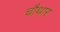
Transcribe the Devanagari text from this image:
चौथार